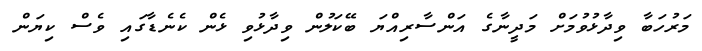
މަރުހަބާ ވިދާޅުވުމަށް މަދީނާގެ އަންސާރިއްޔަ ބޭކަލުން ވިދާޅުވި ޅެން ކެނެޑާގައި ވެސް ކިޔަން